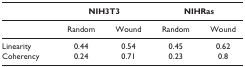
|  | <COLSPAN=2> NIH3T3 | <COLSPAN=2> NIHRas |
 | --- | --- | --- | --- | --- |
 |  | Random | Wound | Random | Wound |
 | Linearity | 0.44 | 0.54 | 0.45 | 0.62 |
 | Coherency | 0.24 | 0.71 | 0.23 | 0.8 |